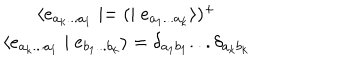
LaTeX: \begin{array} { c } { { \langle e _ { a _ { k } . . . a _ { 1 } } \mid = ( \mid e _ { a _ { 1 } . . . a _ { k } } \rangle ) ^ { + } } } \\ { { \langle e _ { a _ { k } . . . a _ { 1 } } \mid e _ { b _ { 1 } . . . b _ { k } } \rangle = \delta _ { a _ { 1 } b _ { 1 } } . . . \delta _ { a _ { k } b _ { k } } } } \\ \end{array}